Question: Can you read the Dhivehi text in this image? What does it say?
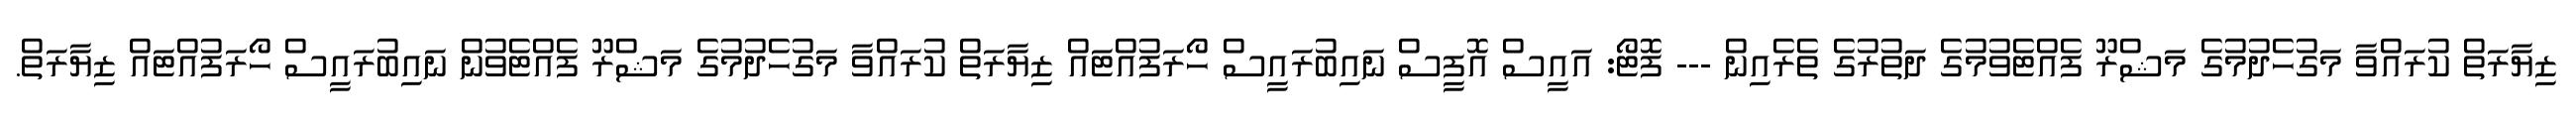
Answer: ޒިޔާރަތް ކުރައްވާ މަގުހެދުމުގެ މަޝްރޫ ފެއްޓެވުމުގެ ދަތުރުގެ ތެރެއިން --- ފޮޓޯ: އައީސް އޮފީސް ނައިބުރައީސް ހޯރަފުއްޓައް ޒިޔާރަތް ކުރައްވާ މަގުހެދުމުގެ މަޝްރޫ ފެއްޓެވުން ނައިބުރައީސް ހޯރަފުއްޓައް ޒިޔާރަތް.